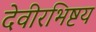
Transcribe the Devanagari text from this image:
देवीरभिष्टय